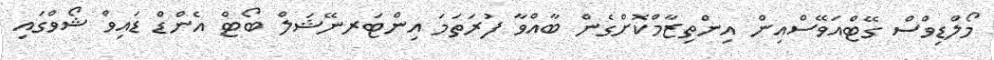
މޯލްޑިވްސް ގޭޓްއަވޭސްއިން އިންތިޒާމްކޮށްގެން ބާއްވާ ފުރަތަމަ އިންޓަރނޭޝަލް ބޯޓް އެންޑް ޑައިވް ޝޯވްގައި